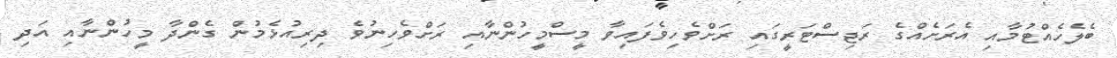
ބެލެހެއްޓުމާއި އެރަށެއްގެ ރަޖިސްޓަރީގައި ރަށްވެހިވެފައިވާ މީސްމީހުންނާއި ރަށްވެހިނުވެ ދިރިއުޅެމުން ގެންދާ މީހުންނާއި އަދި